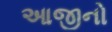
આજીનો